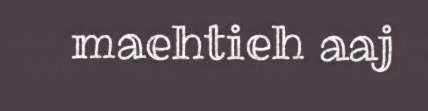
maehtieh aaj